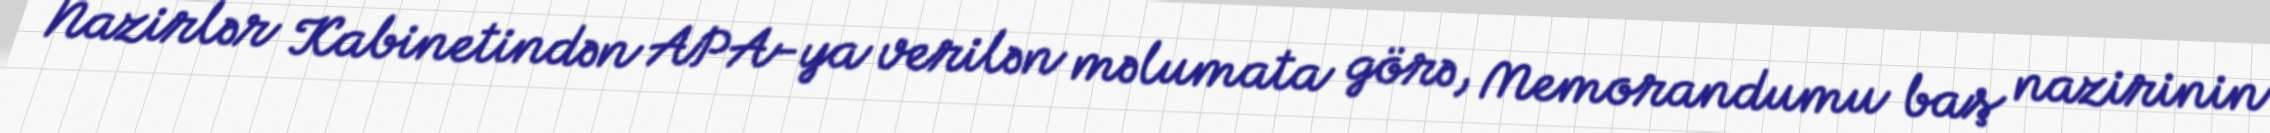
Nazirlər Kabinetindən APA-ya verilən məlumata görə, Memorandumu baş nazirinin